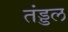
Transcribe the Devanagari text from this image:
तंड्डल